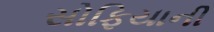
સોફિયાની